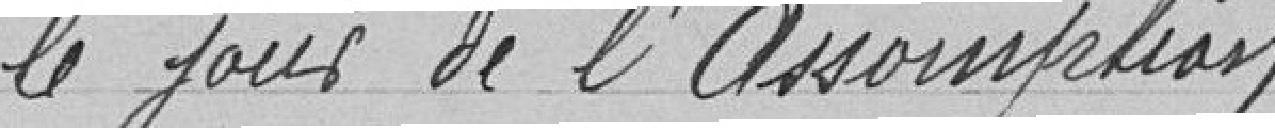
le jour de l'Assomption